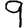
Digit: 9